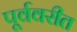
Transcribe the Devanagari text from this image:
पूर्ववरीत